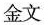
金文